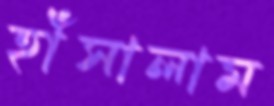
হাঁসালাম